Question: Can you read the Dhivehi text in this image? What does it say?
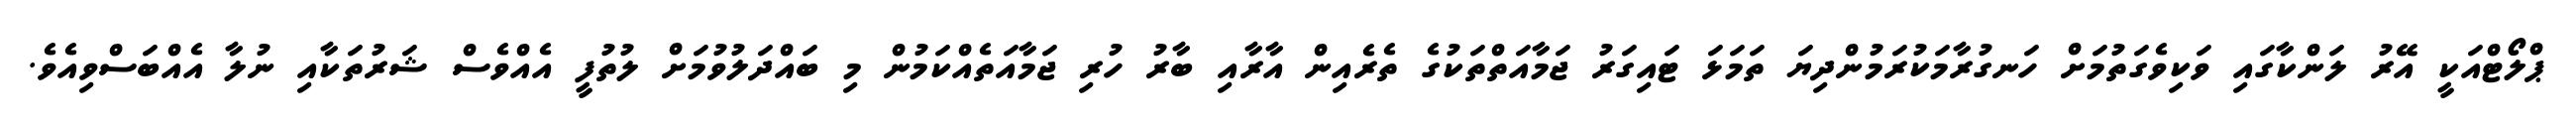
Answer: ޕްލޯޓްއަކީ އޭރު ލަންކާގައި ވަކިވެގަތުމަށް ހަނގުރާމަކުރަމުންދިޔަ ތަމަޅަ ޓައިގަރު ޖަމާއަތްތަކުގެ ތެރެއިން އާރާއި ބާރު ހުރި ޖަމާއަތެއްކަމުން މި ބައްދަލުވުމަށް ލުތުފީ އެއްވެސް ޝަރުތަކާއި ނުލާ އެއްބަސްވިއެވެ.